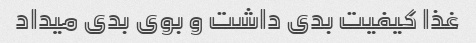
غذا کیفیت بدی داشت و بوی بدی میداد